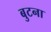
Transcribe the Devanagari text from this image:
बुटना